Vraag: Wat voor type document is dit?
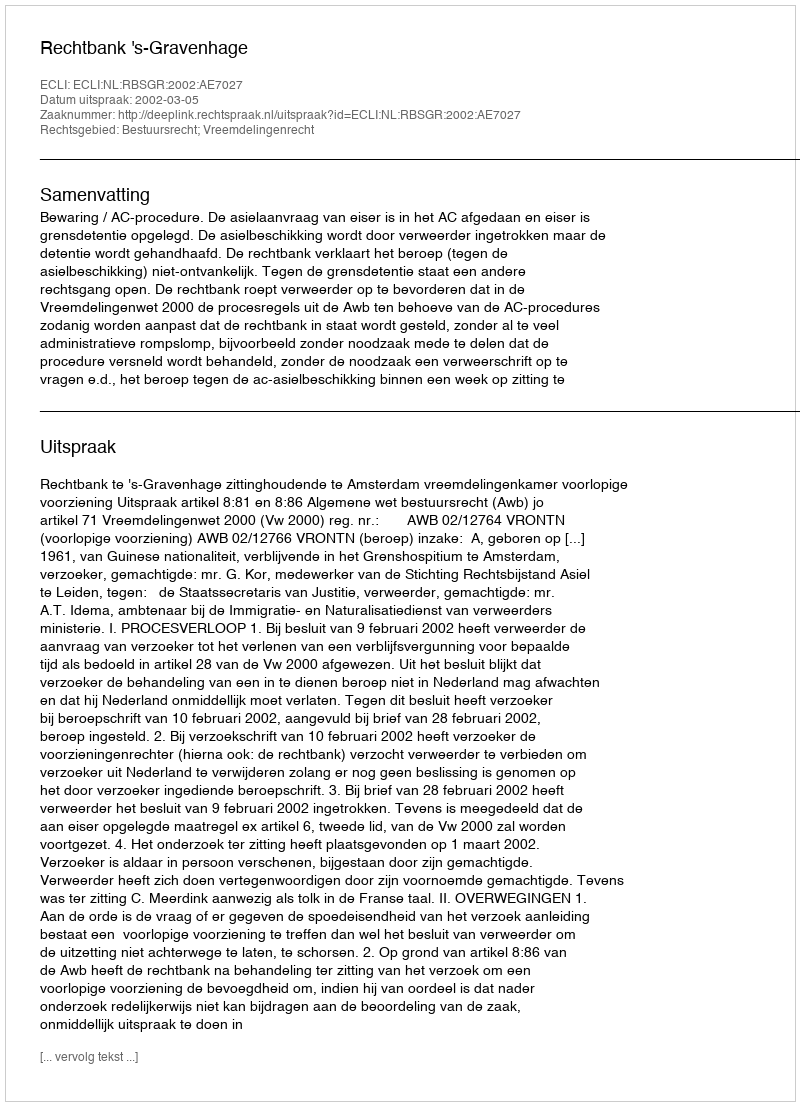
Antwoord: Uitspraak